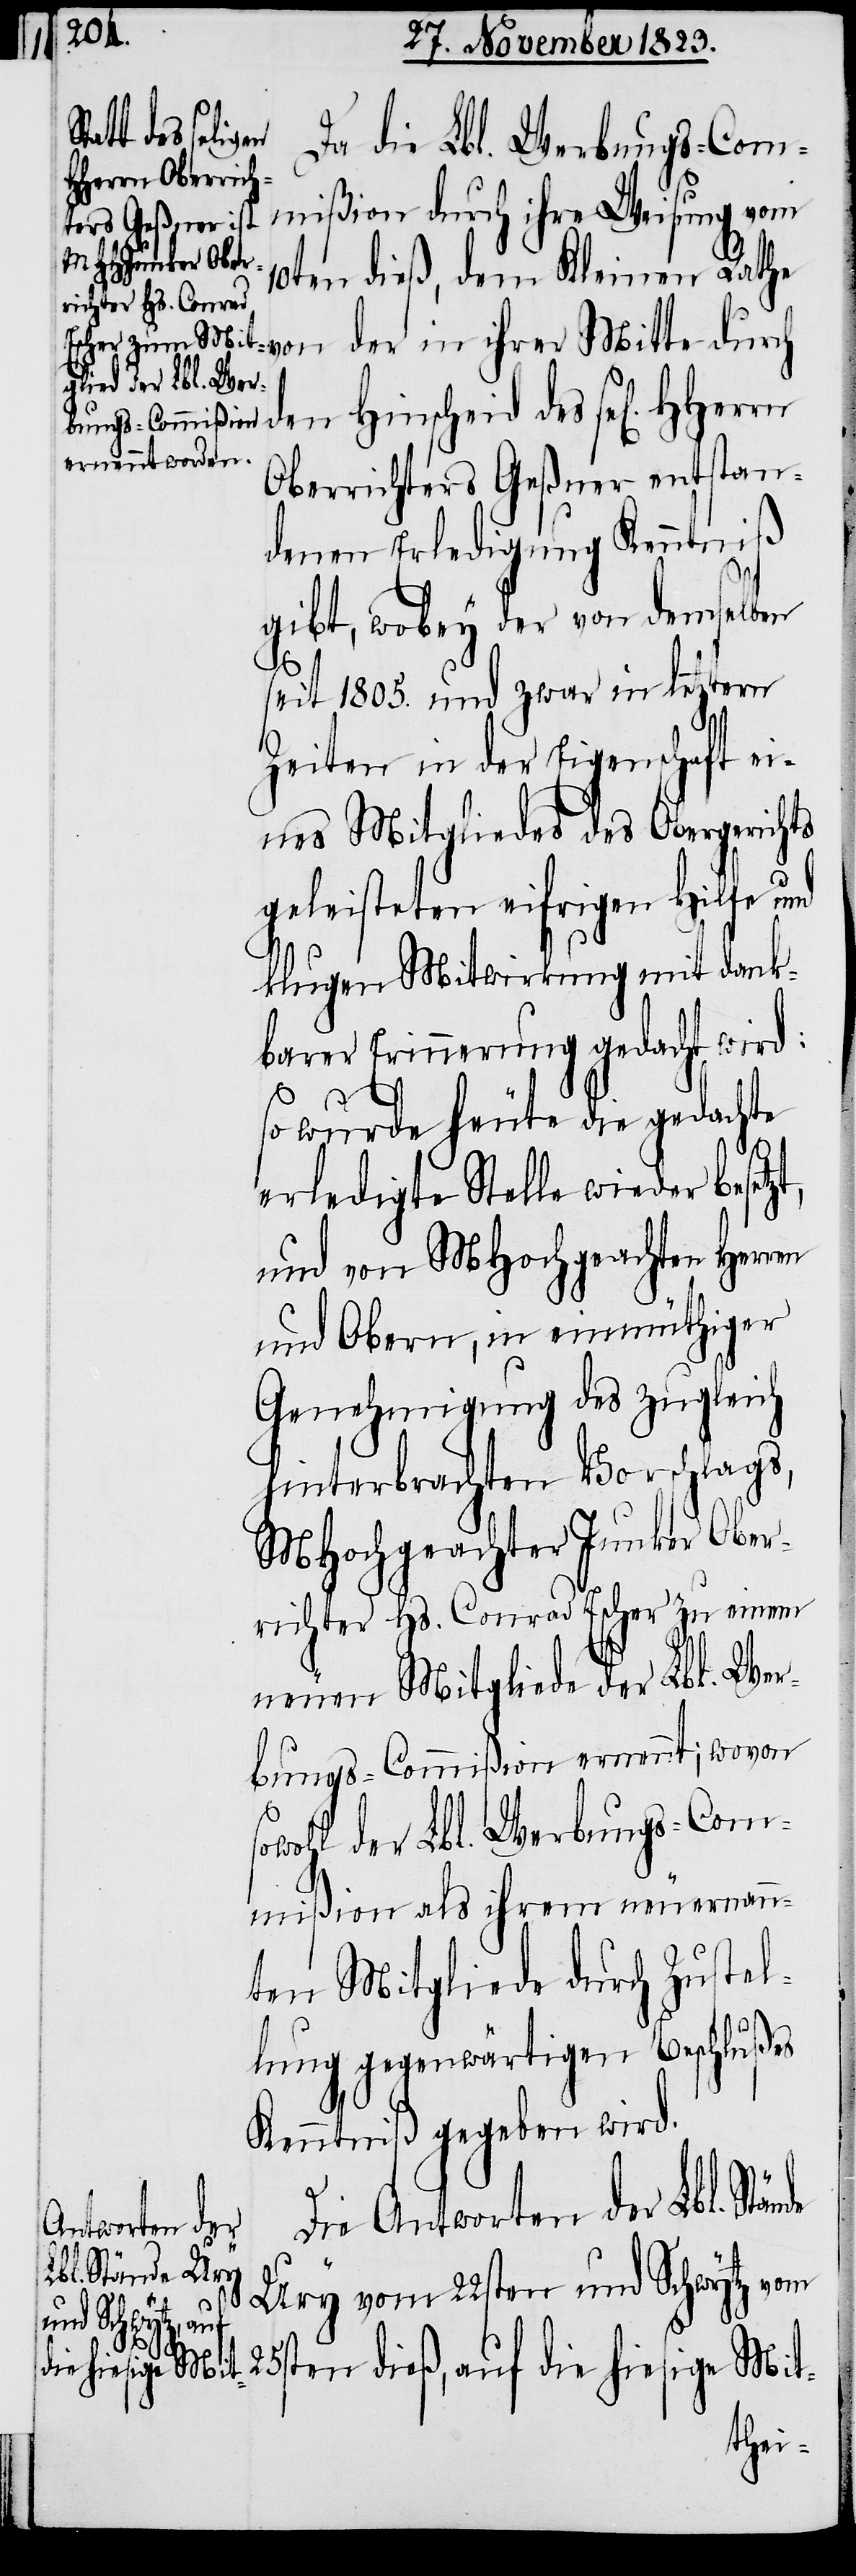
de

Da die Lbl. Werbungs-Commi¬
ßion durch ihre
10ten dieß, dem Kleinen Rath¬
e von der in ihrer Mitte durch
Oberrichters Geßner entstan¬
denen Erledigung Kenntniß
gibt, wobey der von demselben
seit 1805. und zwar in letztern
Zeiten in der Eigenschaft ei¬
nes Mitgliedes des Obergerichts
geleisteten eifrigen Hilfe und
klugen Mitwirkung mit dank¬
barer Erinnerung gedacht wird:
des
so wurde heute die gedachte
erledigte Stelle wieder besetz¬
und von MHochgeachten Herren
und Obern, in einmüthiger
Genehmigung des zugleich
hinterbrachten Vorschlags,
MHochgeachter Junker Ober¬
richter Hs. Conrad Escher zu einem
neuen Mitgliede der Lbl. Wer¬
bungs-Commißion ernennt; wovon
sowohl der Lbl. Werbungs-Com¬
mißion als ihrem neuernann¬
ten Mitgliede durch Zustel¬
lung gegenwärtigen Beschlußes
Kenntniß gegeben wird.
Die Antworten der Lbl. Stän¬
Ury vom 22sten und Schwytz vom
25sten dieß, auf die hiesige Mit-